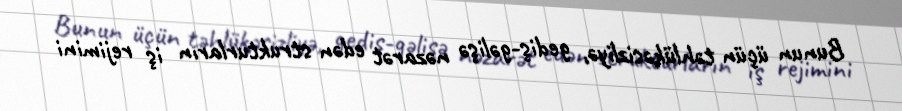
Bunun üçün təhlükəsizliyə, gediş-gəlişə nəzarət edən strukturların iş rejimini